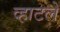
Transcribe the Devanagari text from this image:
व्हाटले